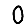
Digit: 0